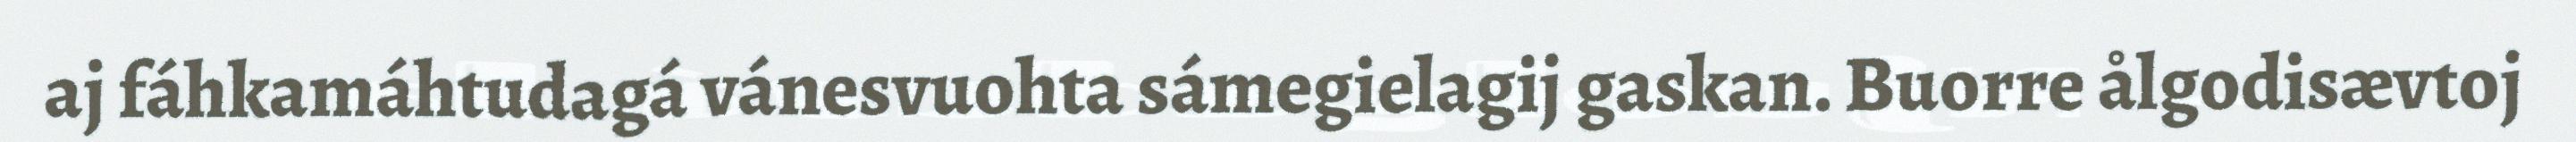
aj fáhkamáhtudagá vánesvuohta sámegielagij gaskan. Buorre ålgodisævtoj